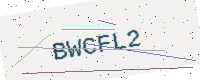
Text: BWCFL2